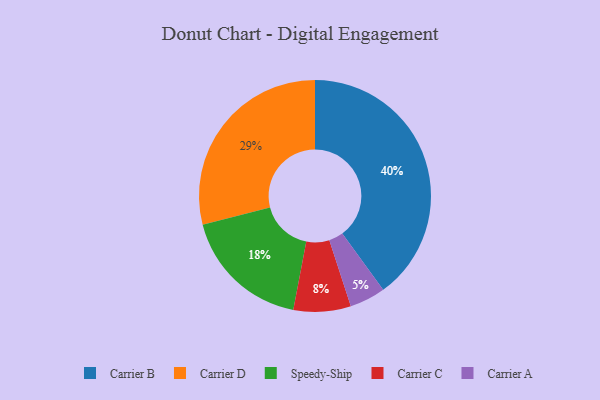
{"axis": {"x": "Category", "y": "Percentage"}, "legend": ["Carrier A", "Carrier B", "Carrier C", "Carrier D", "Speedy-Ship"], "data": [{"x": "Carrier B", "y": 40, "type": "Carrier B"}, {"x": "Carrier C", "y": 8, "type": "Carrier C"}, {"x": "Carrier A", "y": 5, "type": "Carrier A"}, {"x": "Speedy-Ship", "y": 18, "type": "Speedy-Ship"}, {"x": "Carrier D", "y": 29, "type": "Carrier D"}]}